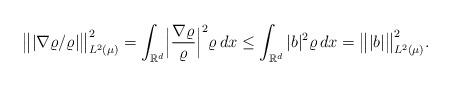
LaTeX: \begin{align*}\bigl\| |\nabla\varrho/\varrho|\bigr\|_{L^2(\mu)}^2=\int_{\mathbb{R}^d} \Bigl|\frac{\nabla\varrho}{\varrho}\Bigr|^2 \varrho\, dx\le\int_{\mathbb{R}^d} |b|^2 \varrho\, dx=\bigl\| |b|\bigr\|_{L^2(\mu)}^2.\end{align*}